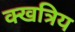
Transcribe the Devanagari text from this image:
क्खत्रिय